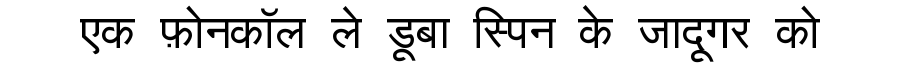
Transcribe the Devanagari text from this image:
एक फ़ोनकॉल ले डूबा स्पिन के जादूगर को